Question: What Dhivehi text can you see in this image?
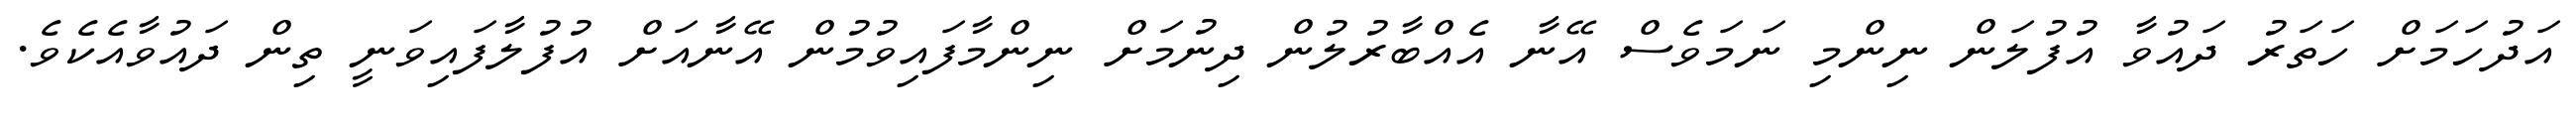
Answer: އަދުހަމަށް ހަތަރު ދައުވާ އުފުލަން ނިންމި ނަމަވެސް އޭނާ އެއްބާރުލުން ދިނުމަށް ނިންމާފައިވުމުން އޭނާއަށް އުފުލާފައިވަނީ ތިން ދައުވާއެކެވެ.